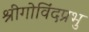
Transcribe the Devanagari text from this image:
श्रीगोविंदप्रभु